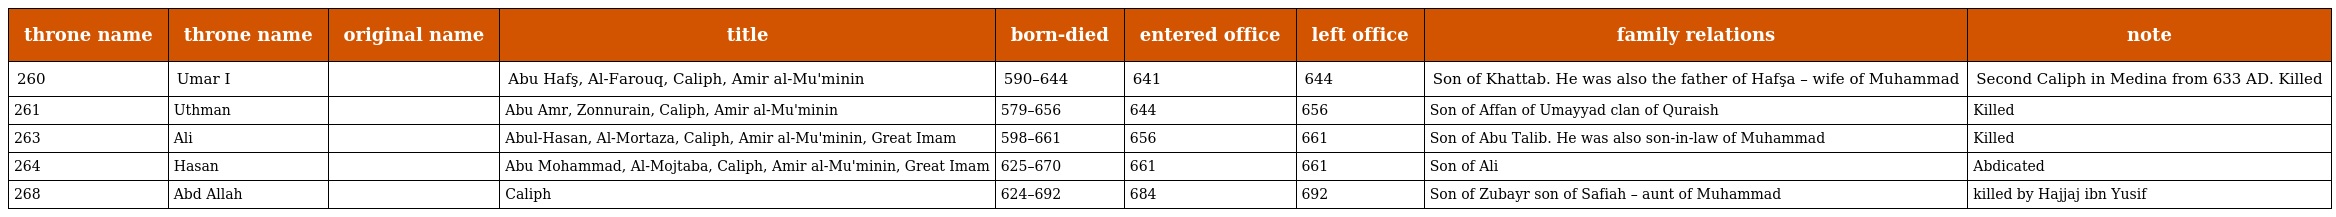
| throne name | throne name | original name | title | born-died | entered office | left office | family relations | note |
 | --- | --- | --- | --- | --- | --- | --- | --- | --- |
 | 260 | Umar I |  | Abu Hafş, Al-Farouq, Caliph, Amir al-Mu'minin | 590–644 | 641 | 644 | Son of Khattab. He was also the father of Hafşa – wife of Muhammad | Second Caliph in Medina from 633 AD. Killed |
 | 261 | Uthman |  | Abu Amr, Zonnurain, Caliph, Amir al-Mu'minin | 579–656 | 644 | 656 | Son of Affan of Umayyad clan of Quraish | Killed |
 | 263 | Ali |  | Abul-Hasan, Al-Mortaza, Caliph, Amir al-Mu'minin, Great Imam | 598–661 | 656 | 661 | Son of Abu Talib. He was also son-in-law of Muhammad | Killed |
 | 264 | Hasan |  | Abu Mohammad, Al-Mojtaba, Caliph, Amir al-Mu'minin, Great Imam | 625–670 | 661 | 661 | Son of Ali | Abdicated |
 | 268 | Abd Allah |  | Caliph | 624–692 | 684 | 692 | Son of Zubayr son of Safiah – aunt of Muhammad | killed by Hajjaj ibn Yusif |